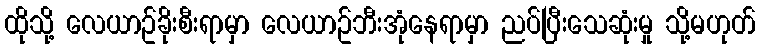
ထိုသို့ လေယာဥ်ခိုးစီးရာမှာ လေယာဥ်ဘီးအုံနေရာမှာ ညပ်ပြီးသေဆုံးမှု သို့မဟုတ်